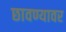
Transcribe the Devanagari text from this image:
छावण्यावर